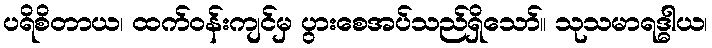
ပရိစိတာယ၊ ထက်ဝန်းကျင်မှ ပွားစေအပ်သည်ရှိသော်။ သုသမာရဒ္ဓါယ၊